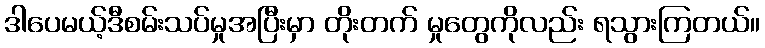
ဒါပေမယ့်ဒီစမ်းသပ်မှုအပြီးမှာ တိုးတက် မှုတွေကိုလည်း ရသွားကြတယ်။